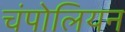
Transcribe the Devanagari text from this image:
चंपोलियन